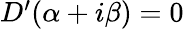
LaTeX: \begin{array}{r}{D^{\prime}(\alpha+i\beta)=0}\end{array}